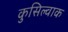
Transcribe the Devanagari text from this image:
कुसिल्वाक